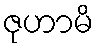
ဇုဟာမိ